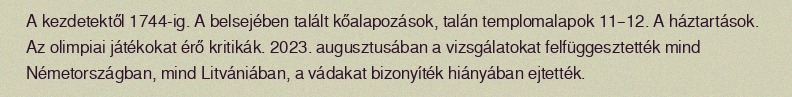
A kezdetektől 1744-ig. A belsejében talált kőalapozások, talán templomalapok 11–12. A háztartások. Az olimpiai játékokat érő kritikák. 2023. augusztusában a vizsgálatokat felfüggesztették mind Németországban, mind Litvániában, a vádakat bizonyíték hiányában ejtették.